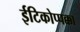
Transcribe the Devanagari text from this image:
ईटिकोप्पक्का